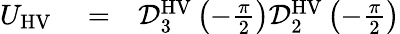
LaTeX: \begin{array}{rlr}{U_{\mathrm{HV}}}&{{}=}&{\mathcal{D}_{3}^{\mathrm{HV}}\left(-\frac{\pi}{2}\right)\mathcal{D}_{2}^{\mathrm{HV}}\left(-\frac{\pi}{2}\right)}\end{array}